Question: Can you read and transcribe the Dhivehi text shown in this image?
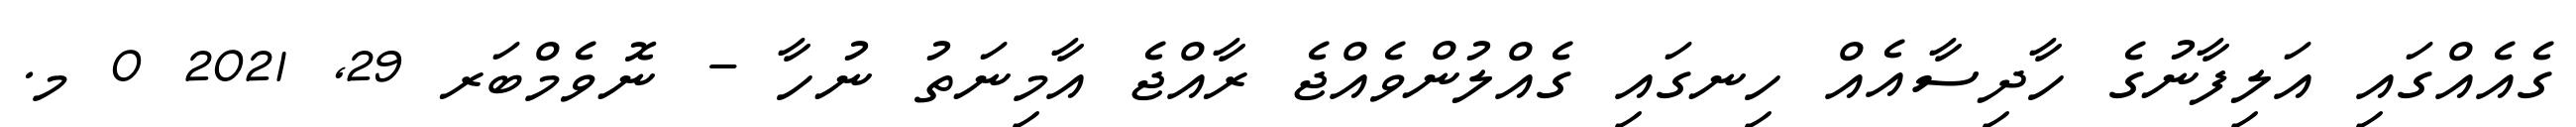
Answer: ގެއެއްގައި އަލިފާނުގެ ހާދިސާއެއް ހިނގައި ގެއްލުންވެއްޖެ ރާއްޖެ އާމިނަތު ނުހާ - ނޮވެމްބަރ 29, 2021 0 މ.